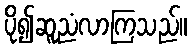
ပို၍ဆူညံလာကြသည်။